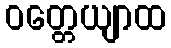
ဝတ္တေယျာထ